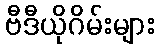
ဗီဒီယိုဂိမ်းများ